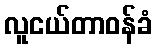
လူငယ်တာဝန်ခံ